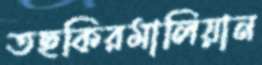
তছকিরমালিয়ান